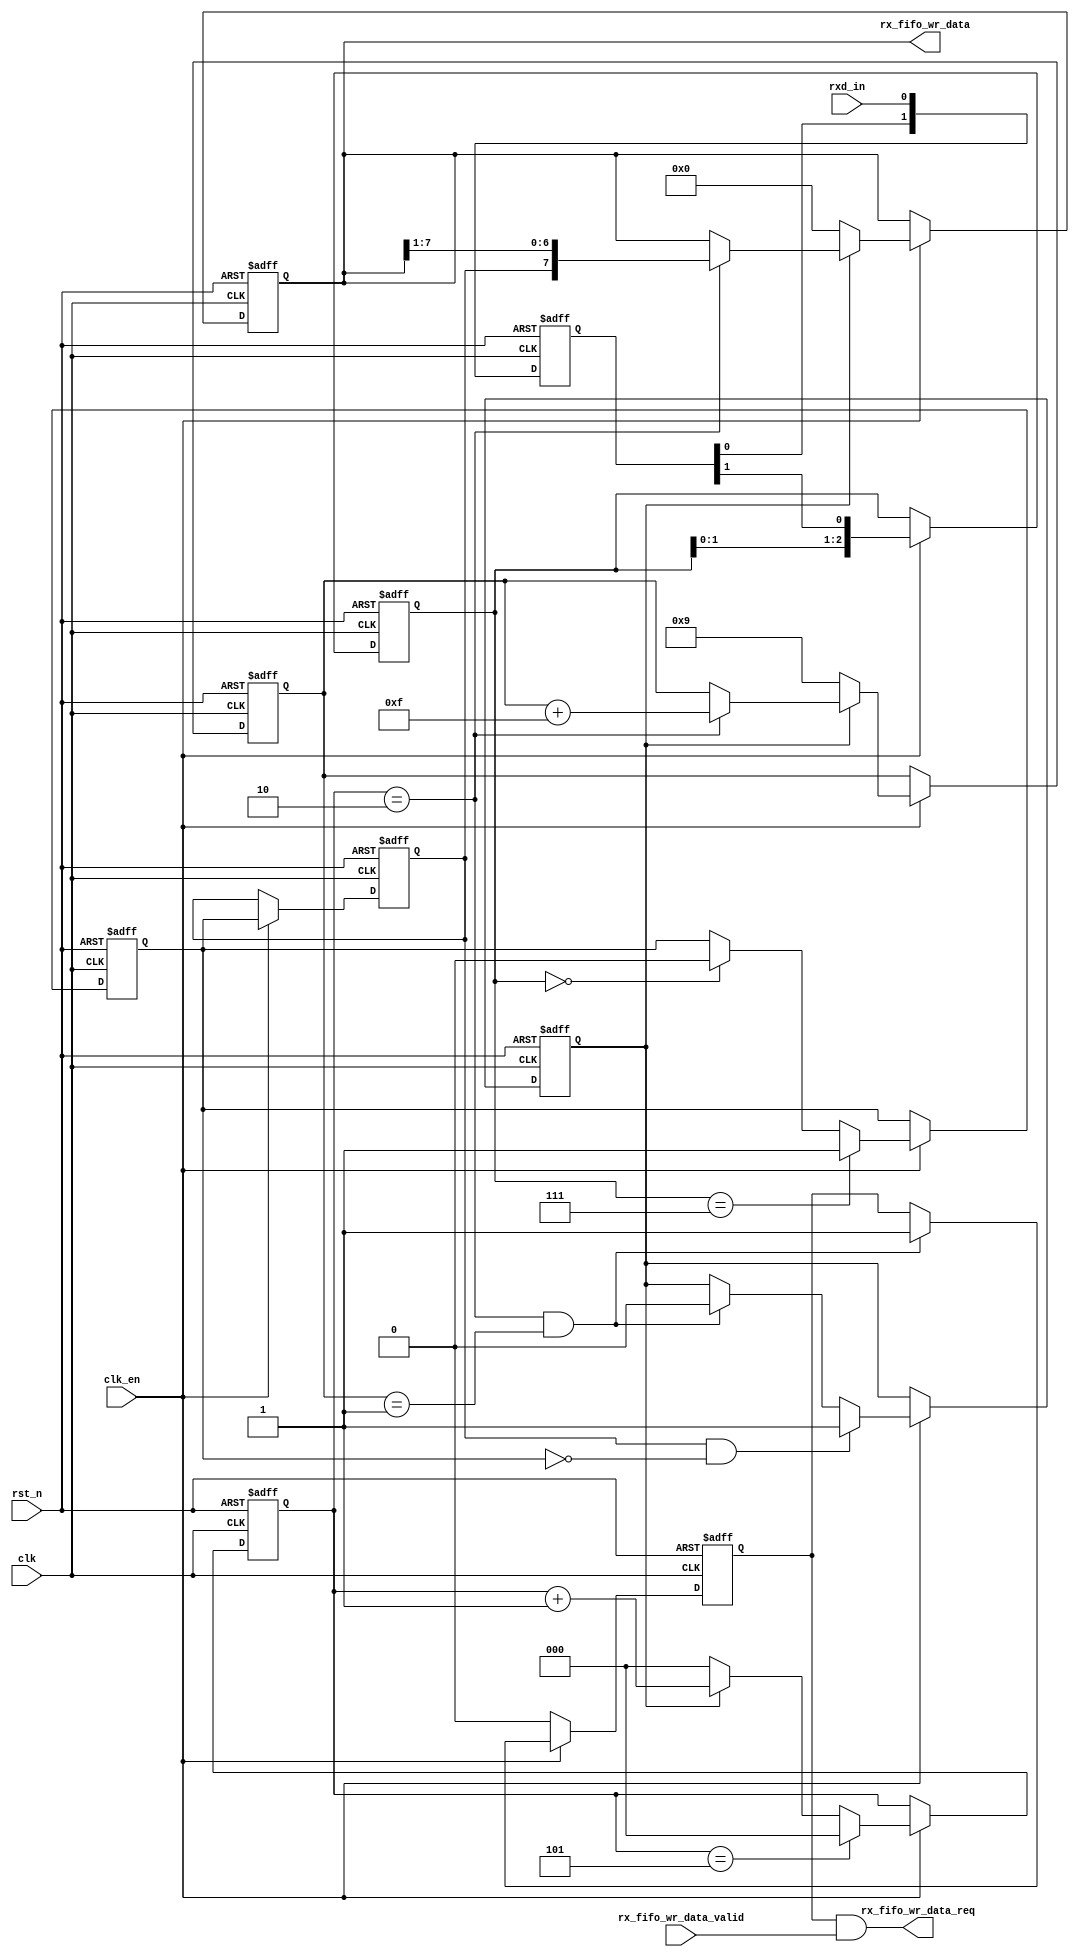

//////////////////////////////////////////////////////////////////////////////
//
// Copyright (c) 2020 PANGO MICROSYSTEMS, INC
// ALL RIGHTS REVERVED.
//
// THE SOURCE CODE CONTAINED HEREIN IS PROPRIETARY TO PANGO MICROSYSTEMS, INC.
// IT SHALL NOT BE REPRODUCED OR DISCLOSED IN WHOLE OR IN PART OR USED BY
// PARTIES WITHOUT WRITTEN AUTHORIZATION FROM THE OWNER.
//
//////////////////////////////////////////////////////////////////////////////

`timescale 1ns/1ps

module ipsxb_seu_uart_rx(
    input              clk                     ,
    input              rst_n                   ,
    input              clk_en                  ,

    output reg  [7:0]  rx_fifo_wr_data         ,
    input              rx_fifo_wr_data_valid   ,
    output wire        rx_fifo_wr_data_req     ,

    input              rxd_in
);

reg  [1:0]   rxd_d               ;
reg  [2:0]   rxd_tmp             ;
reg          rxd_r1              ;
reg          rxd_r2              ;
wire         rxd                 ;
wire         rxd_neg             ;
reg          in_cyc              ;
reg  [3:0]   rx_cnt              ;
reg  [2:0]   cnt                 ;
wire         rx_over             ;
wire         rx_sample           ;
reg          rx_req              ;

always @(posedge clk or negedge rst_n)
begin
    if(~rst_n)
        rxd_d <= 2'b11;
    else
        rxd_d <= {rxd_d[0],rxd_in};
end

always @(posedge clk or negedge rst_n)
begin
    if(~rst_n)
        rxd_tmp <= 3'b111;
    else if(clk_en)
        rxd_tmp <= {rxd_tmp[1:0],rxd_d[1]};
    else;
end

always @(posedge clk or negedge rst_n)
begin
    if(~rst_n)
        rxd_r1 <= 1'b1;
    else if(clk_en)
    begin
        if(rxd_tmp == 3'b111)
            rxd_r1 <= 1'b1;
        else if(rxd_tmp == 3'b000)
            rxd_r1 <= 1'b0;
        else;
    end
end

always @(posedge clk or negedge rst_n)
begin
    if(~rst_n)
        rxd_r2 <= 1'b1;
    else if(clk_en)
        rxd_r2 <= rxd_r1;
end

assign rxd = rxd_r2;
assign rxd_neg = rxd_r2 & ~rxd_r1;

always @(posedge clk or negedge rst_n)
begin
    if(~rst_n)
        in_cyc <= 1'b0;
    else if(clk_en)
    begin
        if(rxd_neg)
            in_cyc <= 1'b1;
        else if(rx_over && rx_sample)
            in_cyc <= 1'b0;
    end
end

assign cnt_down  = cnt == 3'd5;
assign rx_sample = cnt == 3'd2;

always @(posedge clk or negedge rst_n)
begin
    if(~rst_n)
        cnt <= 3'b0;
    else if(clk_en)
    begin
        if(cnt_down)
            cnt <= 3'b0;
        else if(~in_cyc)
            cnt <= 3'b0;
        else
            cnt <= cnt + 3'b1;
    end
end

always @(posedge clk or negedge rst_n)
begin
    if(~rst_n)
    begin
        rx_fifo_wr_data <= 8'b0;
        rx_cnt <= 4'd9;
    end
    else if(clk_en)
    begin
        if(~in_cyc)
        begin
            rx_fifo_wr_data <= 8'b0;
            rx_cnt <= 4'd9;
        end
        else if(rx_sample)
        begin
            rx_fifo_wr_data <= {rxd,rx_fifo_wr_data[7:1]};
            rx_cnt <= rx_cnt + 4'hf; // rx_cnt = rx_cnt - 1;
        end
    end
end

assign rx_over = rx_cnt == 4'd1;

always @(posedge clk or negedge rst_n)
begin
    if(~rst_n)
        rx_req <= 1'b0;
    else if(clk_en)
    begin
        if(rx_sample && rx_over)
            rx_req <= 1'b1;
    end
    else
        rx_req <= 1'b0;
end

assign rx_fifo_wr_data_req = rx_req && rx_fifo_wr_data_valid;

endmodule